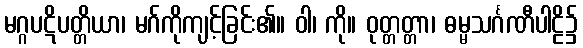
မဂ္ဂပဋိပတ္တိယာ၊ မဂ်ကိုကျင့်ခြင်း၏။ ဝါ၊ ကို။ ဝုတ္တတ္တာ၊ ဓမ္မသင်္ဂဏီပါဠိ၌